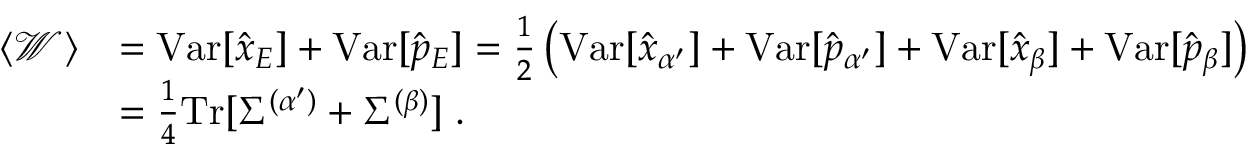
\begin{array} { r l } { \langle \mathcal { W } \rangle } & { = \mathrm { V a r } [ \hat { x } _ { E } ] + \mathrm { V a r } [ \hat { p } _ { E } ] = \frac { 1 } { 2 } \left( \mathrm { V a r } [ \hat { x } _ { \alpha ^ { \prime } } ] + \mathrm { V a r } [ \hat { p } _ { \alpha ^ { \prime } } ] + \mathrm { V a r } [ \hat { x } _ { \beta } ] + \mathrm { V a r } [ \hat { p } _ { \beta } ] \right) } \\ & { = \frac { 1 } { 4 } \mathrm { T r } [ \Sigma ^ { ( \alpha ^ { \prime } ) } + { \Sigma ^ { ( \beta ) } } ] \; . } \end{array}